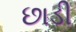
છાડી